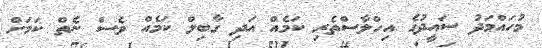
މުހައްމަދު ސައީދުގެ އިހްލާސްތެރި ކަމެއް އަދި ގާބިލް ކަމެއް ވެސް ނެތް ކަމަށް